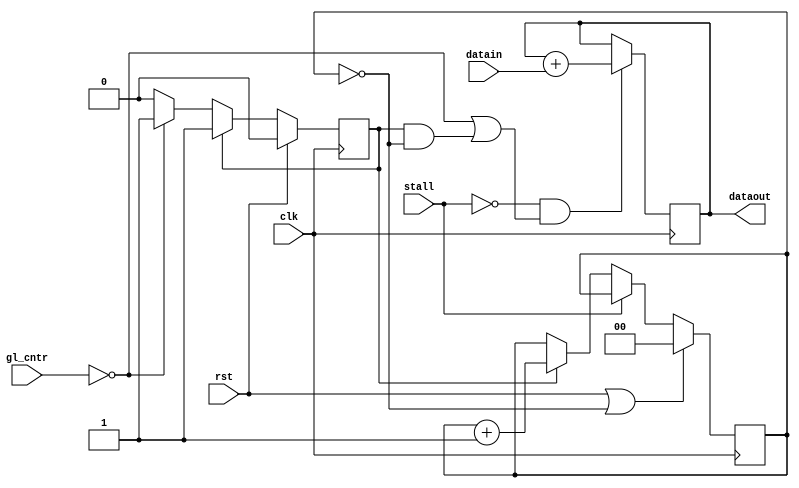
// =============================================================================
// Company              : Unversity of Glasgow, Comuting Science
// Template Author      : Syed Waqar Nabi
//
// Project Name         : TyTra
//
// Target Devices       : NONE
//
// 
// =============================================================================

// =============================================================================
// General Description
// -----------------------------------------------------------------------------
// This is a basic, parameterizeable node for REDUCE operations
// A simple simulator to test and verify TyTra dataflow scheduler 
// ============================================================================= 

module rednode
#(  
    parameter GL_CNTR_W = 16  
  , parameter DATAW     = 32
  , parameter FI_CNTR_W = 2  
  , parameter LAT       = 1
  , parameter LFI       = 1
  , parameter AFI       = 1
  , parameter FPO       = 1
  , parameter SD        = 1
)

(
// =============================================================================
// ** Ports 
// =============================================================================
  // standard kernel control ports
    input                 clk   
  , input                 rst   	
  , input [GL_CNTR_W-1:0] gl_cntr
  , input                 stall
  , input [DATAW-1:0]     datain
  , output[DATAW-1:0]     dataout 
);

//active
//------
reg active;
always @(posedge clk) begin
  if (rst)              //startign delay has  happened
    active <= 0;
  else if (active)      //once active, remain active until reset
    active <= 1;
  else if (gl_cntr==SD-1) //activate when starting-delay reached
    active <= 1;
  else  
    active <= active;
end

//FI counter
//-----------
reg [FI_CNTR_W-1:0] fi_cntr;
always @(posedge clk) begin
  if(rst || (fi_cntr == AFI-1)) //reset when reached limit
    fi_cntr <= 0;
  else if (stall)             //global stall... do nothing
   fi_cntr <= fi_cntr;
  else if(active)             //increment only when active
    fi_cntr <= fi_cntr+1;
  else
   fi_cntr <= fi_cntr;
end

//firing condition
//----------------
assign firing_cond = (~stall && ((gl_cntr==SD-1) || (active && (fi_cntr == AFI-1))));
  //first condition checks for FIRST fire, the second for all subsequent fires

//fire FU
//-------
//simulate latency by a shift FIFO register
reg [DATAW-1:0] datain_r [0:LAT-1];
integer i;

initial begin
  for (i = 0; i <= LAT-1; i = i + 1) begin
    datain_r[i] <= 32'b0;
  end
end

//load datain
always @(posedge clk)
 if(firing_cond)
  if(LAT>1)
    datain_r[0] <= datain;

//pass it along in the shift register, leaving the last one for reduction
always @(posedge clk)
 if(firing_cond)
  for (i = 0; i < LAT-2; i = i + 1)
    datain_r[i+1] <= datain_r[i];

//reduce at the end
always @(posedge clk)
 if(firing_cond) begin
  if(LAT==1)
    datain_r[LAT-1] <= datain_r[LAT-1] + datain;
  else
    datain_r[LAT-1] <= datain_r[LAT-1] + datain_r[LAT-2];
 end

//actual output is MS-word
assign dataout = datain_r[LAT-1]; 
 
  
  
  
  
  
endmodule